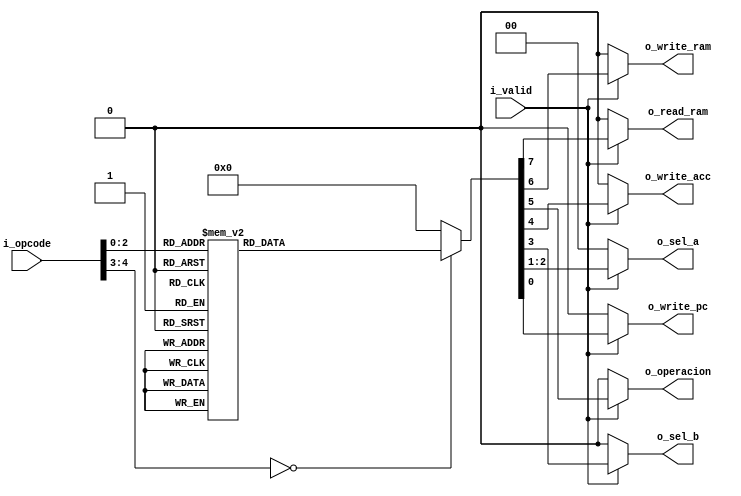
module op_decoder
(
    input  wire       i_valid,
    input  wire [4:0] i_opcode,
    
    output reg        o_write_pc,
    output reg  [1:0] o_sel_a,
    output reg        o_sel_b,
    output reg        o_write_acc,
    output reg        o_operacion,
    output reg        o_write_ram,
    output reg        o_read_ram
);
	
	//Operaciones
    localparam [4:0] HLT  = 4'b00000;
    localparam [4:0] STO  = 4'b00001;
    localparam [4:0] LD   = 4'b00010;
    localparam [4:0] LDI  = 4'b00011;
    localparam [4:0] ADD  = 4'b00100;
    localparam [4:0] ADDI = 4'b00101;
    localparam [4:0] SUB  = 4'b00110;
    localparam [4:0] SUBI = 4'b00111;
	
	//multiplexores
	localparam [1:0] MEMORIA   = 2'b00;//ver si no genera 
	localparam [1:0] OPERANDO  = 2'b01;//problemas a la 
	localparam [1:0] RESULTADO = 2'b10;//hora de sintesis

    always@(*)begin:decode
        
        if(i_valid)
        begin                                        
            case(i_opcode)
                HLT:
                begin
                    o_write_pc  = 1'b0; 
                    
                    o_sel_a     = MEMORIA;
                    o_sel_b     = MEMORIA;
                    o_write_acc = 1'b0;
                    o_operacion = 1'b0;
                    o_write_ram = 1'b0;
                    o_read_ram  = 1'b0;
                end
                
                STO: //escribir en memoria
                begin
                    o_write_pc  = 1'b1;
                    o_write_ram = 1'b1;
                    
                    o_sel_a     = MEMORIA;
                    o_sel_b     = MEMORIA;
                    o_write_acc = 1'b0;
                    o_operacion = 1'b0;
                    o_read_ram  = 1'b0;
                end
                
                LD: //cargar desde memoria
                begin
                    o_write_pc  = 1'b1;
                    o_write_acc = 1'b1;
                    o_read_ram  = 1'b1;
                    
                    o_sel_a     = MEMORIA;
                    o_sel_b     = MEMORIA;
                    o_operacion = 1'b0;
                    o_write_ram = 1'b0;                    
                end
                
                LDI: //cargar literal
                begin
                    o_write_pc  = 1'b1;
                    o_sel_a     = OPERANDO;
                    o_write_acc = 1'b1;
                    
                    o_sel_b     = MEMORIA;
                    o_operacion = 1'b0;
                    o_write_ram = 1'b0;
                    o_read_ram  = 1'b0;
                end
                
                ADD: //sumar desde memoria
                begin
                    o_write_pc  = 1'b1;
                    o_sel_a     = RESULTADO;
                    o_sel_b     = MEMORIA;
                    o_write_acc = 1'b1;
                    o_read_ram  = 1'b1;                    
                    o_operacion = 1'b0;
                    
                    o_write_ram = 1'b0;
                end
                
                ADDI: //sumar literal
                begin
                    o_write_pc  = 1'b1;
                    o_sel_a     = RESULTADO;
                    o_sel_b     = OPERANDO;
                    o_write_acc = 1'b1;
                    o_operacion = 1'b0;
                    
                    o_write_ram = 1'b0;
                    o_read_ram  = 1'b0;
                end
                
                SUB: //restar desde memoria
                begin
                    o_write_pc  = 1'b1;
                    o_sel_a     = RESULTADO;
                    o_sel_b     = MEMORIA;
                    o_operacion = 1'b1;
                    o_write_acc = 1'b1;
                    o_read_ram  = 1'b1;
                    
                    o_write_ram = 1'b0;
                end
                
                SUBI: //restar literal
                begin
                    o_write_pc  = 1'b1;
                    o_sel_a     = RESULTADO;
                    o_sel_b     = OPERANDO;
                    o_operacion = 1'b1;
                    o_write_acc = 1'b1;
                   
                    o_write_ram = 1'b0;
                    o_read_ram  = 1'b0;
                end
                
                default:
                begin
                    o_write_pc  = 1'b0;
                    o_sel_a     = MEMORIA;
                    o_sel_b     = MEMORIA;
                    o_write_acc = 1'b0;
                    o_operacion = 1'b0;
                    o_write_ram = 1'b0;
                    o_read_ram  = 1'b0;
                end
            endcase
        end
        else
        begin
            o_write_pc  = 1'b0;
            o_sel_a     = MEMORIA;
            o_sel_b     = MEMORIA;
            o_write_acc = 1'b0;
            o_operacion = 1'b0;
            o_write_ram = 1'b0;
            o_read_ram  = 1'b0;
        end
    end
endmodule